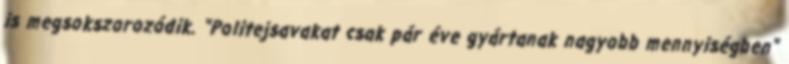
is megsokszorozódik. "Politejsavakat csak pár éve gyártanak nagyobb mennyiségben"